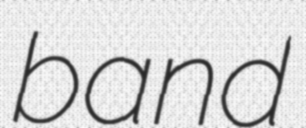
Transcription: band